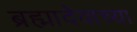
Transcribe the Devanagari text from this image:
ब्रह्मादेवाच्या